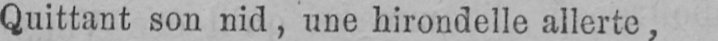
Quittant son nid, une hirondelle allerte,